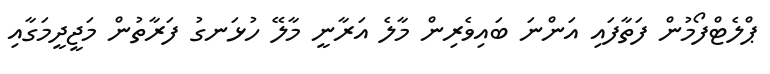
ޕްލެޓްފޯމުން ފަތާފައި އަންނަ ބައިވެރިން މާލެ އަރާނީ މާލޭ ހުޅަނގު ފަރާތުން މަޖީދީމަގާއި